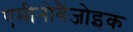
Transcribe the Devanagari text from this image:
एमीनोबैंजोइक